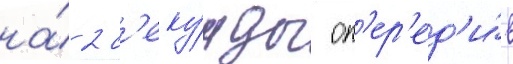
на́ 2 с'еку́нды оп'ер'ед'и́в